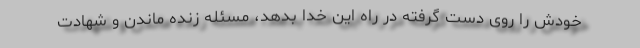
خودش را روی دست گرفته در راه این خدا بدهد، مسئله زنده ماندن و شهادت